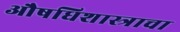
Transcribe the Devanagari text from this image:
औषधिशास्त्राचा